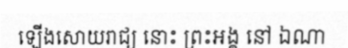
ឡើងសោយរាជ្យ នោះ ព្រះអង្គ នៅ ឯណា